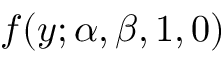
f ( y ; \alpha , \beta , 1 , 0 )